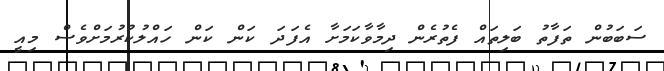
ސަބަބުން ތަފާތު ބަލިތައް ފެތުރެން ދިމާވާކަމަށާ އެފަދަ ކަން ކަން ހައްލުކުރުމަށްވެސް މިއީ